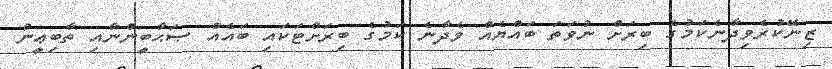
ޒިނޭކުރެވިދާނެކަމުގެ ބިރަށް ނުވަތަ ބައްޔެއް ވެދާނެ ކަމުގެ ބިރަށްޓަކައި ބައެއް ޞަޙާބީންނާއި ތާބިޢީން